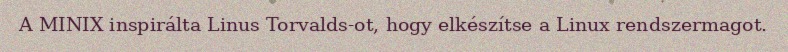
A MINIX inspirálta Linus Torvalds-ot, hogy elkészítse a Linux rendszermagot.